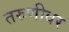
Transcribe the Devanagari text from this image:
तरुणीवर